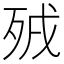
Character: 𣧵